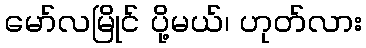
မော်လမြိုင် ပို့မယ်၊ ဟုတ်လား